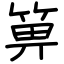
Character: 箅